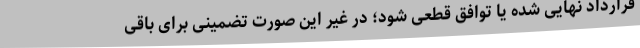
قرارداد نهایی شده یا توافق قطعی شود؛ در غیر این صورت تضمینی برای باقی